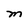
Character: M